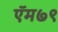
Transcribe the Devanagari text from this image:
ऍम७९